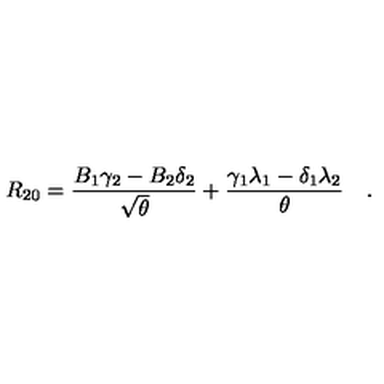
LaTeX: R _ { 2 0 } = { \frac { B _ { 1 } \gamma _ { 2 } - B _ { 2 } \delta _ { 2 } } { \sqrt { \theta } } } + { \frac { \gamma _ { 1 } \lambda _ { 1 } - \delta _ { 1 } \lambda _ { 2 } } { \theta } } \quad .